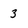
Character: 3